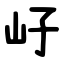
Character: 㞨